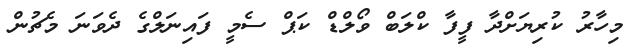
މިހާރު ކުރިޔަށްދާ ފީފާ ކްލަބް ވޯލްޑް ކަޕް ސެމީ ފައިނަލްގެ ދެވަނަ މެޗުން